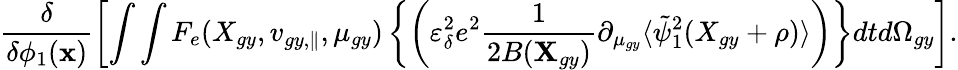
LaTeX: \frac{\delta}{\delta\phi_{1}(\textbf{x})}\left[\int\int F_{e}(X_{gy},v_{gy,\parallel},\mu_{gy})\left\{ \left(\varepsilon_{\delta}^{2}e^{2}\frac{1}{2B(\textbf{X}_{gy})}\partial_{\mu_{gy}}\langle\tilde{\psi}_{1}^{2}(X_{gy}+\rho)\rangle\right)\right\} dtd\Omega_{gy}\right].